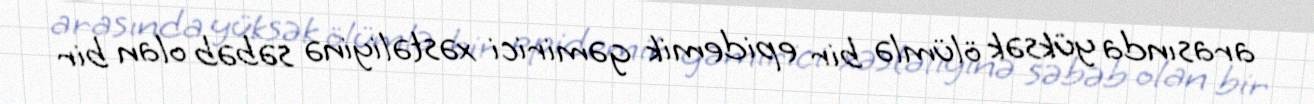
arasında yüksək ölümlə bir epidemik gəmirici xəstəliyinə səbəb olan bir